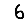
Digit: 6